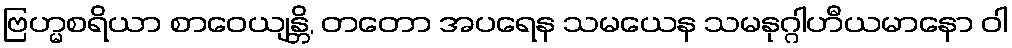
ဗြဟ္မစရိယာ စာဝေယျန္တိ, တတော အပရေန သမယေန သမနုဂ္ဂါဟီယမာနော ဝါ